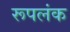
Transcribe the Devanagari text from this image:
रूपलंक